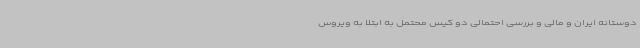
دوستانه ایران و مالی و بررسی احتمالی دو کیس محتمل به ابتلا به ویروس